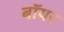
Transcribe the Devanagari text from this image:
बॉयर